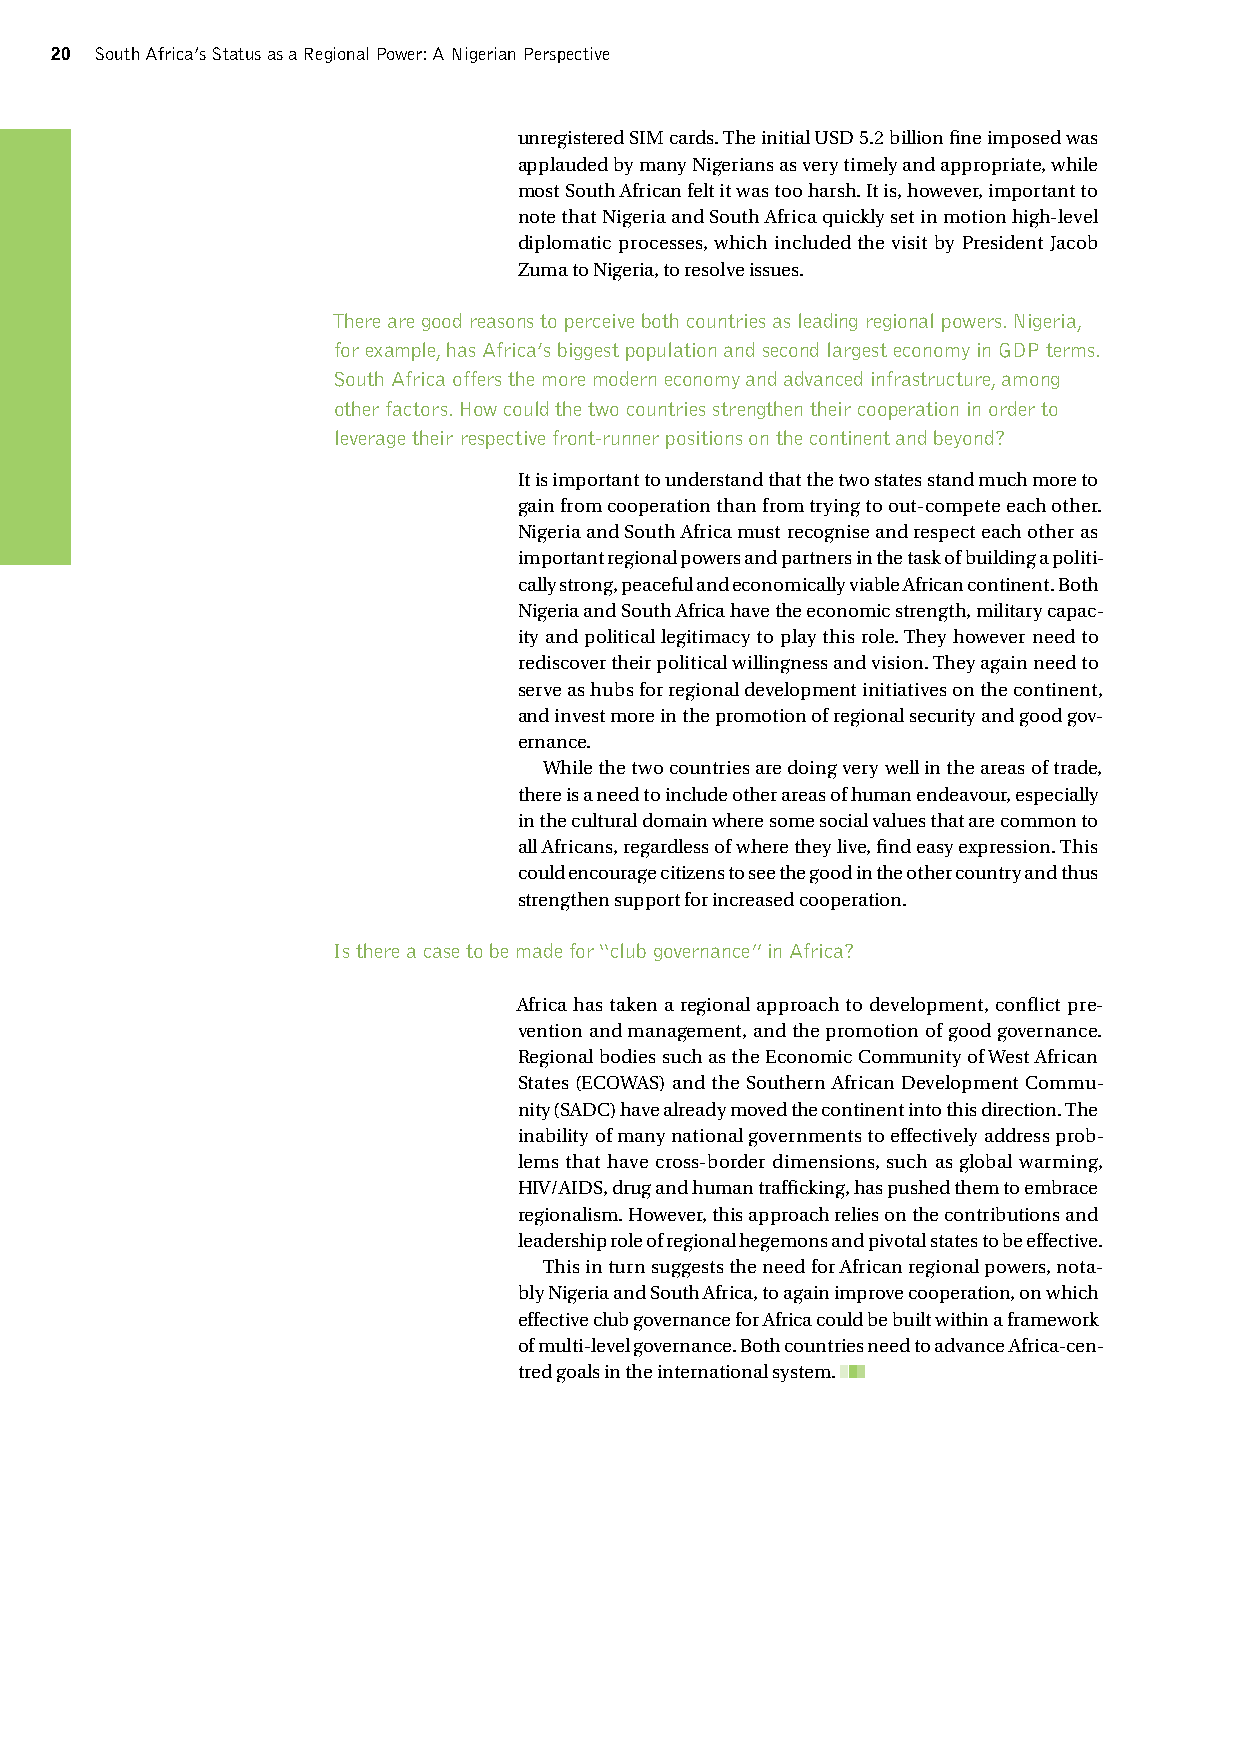
20 South Africa’s Status as a Regional Power: A Nigerian Perspective
 unregistered SIM cards. The initial USD 5.2 billion fine imposed was
 applauded by many Nigerians as very timely and appropriate, while
 most South African felt it was too harsh. It is, however, important to
 note that Nigeria and South Africa quickly set in motion high-level
 diplomatic processes, which included the visit by President Jacob
 Zuma to Nigeria, to resolve issues.
 There are good reasons to perceive both countries as leading regional powers. Nigeria,
 for example, has Africa’s biggest population and second largest economy in GDP terms.
 South Africa offers the more modern economy and advanced infrastructure, among
 other factors. How could the two countries strengthen their cooperation in order to
 leverage their respective front-runner positions on the continent and beyond?
 It is important to understand that the two states stand much more to
 gain from cooperation than from trying to out-compete each other.
 Nigeria and South Africa must recognise and respect each other as
 important regional powers and partners in the task of building a politi-
 cally strong, peaceful and economically viable African continent. Both
 Nigeria and South Africa have the economic strength, military capac-
 ity and political legitimacy to play this role. They however need to
 rediscover their political willingness and vision. They again need to
 serve as hubs for regional development initiatives on the continent,
 and invest more in the promotion of regional security and good gov-
 ernance.
 While the two countries are doing very well in the areas of trade,
 there is a need to include other areas of human endeavour, especially
 in the cultural domain where some social values that are common to
 all Africans, regardless of where they live, find easy expression. This
 could encourage citizens to see the good in the other country and thus
 strengthen support for increased cooperation.
 Is there a case to be made for “club governance” in Africa?
 Africa has taken a regional approach to development, conflict pre-
 vention and management, and the promotion of good governance.
 Regional bodies such as the Economic Community of West African
 States (ECOWAS) and the Southern African Development Commu-
 nity (SADC) have already moved the continent into this direction. The
 inability of many national governments to effectively address prob-
 lems that have cross-border dimensions, such as global warming,
 HIV/AIDS, drug and human trafficking, has pushed them to embrace
 regionalism. However, this approach relies on the contributions and
 leadership role of regional hegemons and pivotal states to be effective.
 This in turn suggests the need for African regional powers, nota-
 bly Nigeria and South Africa, to again improve cooperation, on which
 effective club governance for Africa could be built within a framework
 of multi-level governance. Both countries need to advance Africa-cen-
 tred goals in the international system.